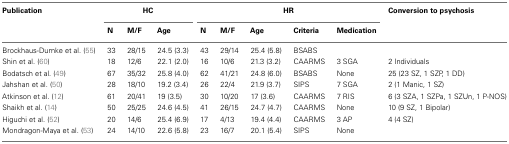
<table><thead><tr><td><b>Publication</b></td><td colspan="3"><b>HC</b></td><td colspan="5"><b>HR</b></td><td><b>Conversion to psychosis</b></td></tr><tr><td></td><td><b>N</b></td><td><b>M/F</b></td><td><b>Age</b></td><td><b>N</b></td><td><b>M/F</b></td><td><b>Age</b></td><td><b>Criteria</b></td><td><b>Medication</b></td><td></td></tr></thead><tbody><tr><td>Brockhaus-Dumke et al. (55)</td><td>33</td><td>28/15</td><td>24.5 (3.3)</td><td>43</td><td>29/14</td><td>25.4 (5.8)</td><td>BSABS</td><td></td><td></td></tr><tr><td>Shin et al. (60)</td><td>18</td><td>12/6</td><td>22.1 (2.0)</td><td>16</td><td>10/6</td><td>21.3 (3.2)</td><td>CAARMS</td><td>3 SGA</td><td>2 Individuals</td></tr><tr><td>Bodatsch et al. (49)</td><td>67</td><td>35/32</td><td>25.8 (4.0)</td><td>62</td><td>41/21</td><td>24.8 (6.0)</td><td>BSABS</td><td>None</td><td>25 (23 SZ, 1 SZP, 1 DD)</td></tr><tr><td>Jahshan et al. (50)</td><td>28</td><td>18/10</td><td>19.2 (3.4)</td><td>26</td><td>22/4</td><td>21.9 (3.7)</td><td>SIPS</td><td>7 SGA</td><td>2 (1 Manic, 1 SZ)</td></tr><tr><td>Atkinson et al. (12)</td><td>61</td><td>20/41</td><td>19 (3.5)</td><td>30</td><td>10/20</td><td>17 (3.6)</td><td>CAARMS</td><td>7 RIS</td><td>6 (3 SZA, 1 SZPa, 1 SZUn, 1 P-NOS)</td></tr><tr><td>Shaikh et al. (14)</td><td>50</td><td>25/25</td><td>24.6 (4.5)</td><td>41</td><td>26/15</td><td>24.7 (4.7)</td><td>CAARMS</td><td>None</td><td>10 (9 SZ, 1 Bipolar)</td></tr><tr><td>Higuchi et al. (52)</td><td>20</td><td>14/6</td><td>25.4 (6.9)</td><td>17</td><td>4/13</td><td>19.4 (4.4)</td><td>CAARMS</td><td>3 AP</td><td>4 (4 SZ)</td></tr><tr><td>Mondragon-Maya et al. (53)</td><td>24</td><td>14/10</td><td>22.6 (5.8)</td><td>23</td><td>16/7</td><td>20.1 (5.4)</td><td>SIPS</td><td>None</td><td></td></tr></tbody></table>